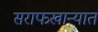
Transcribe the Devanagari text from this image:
सराफखान्यात